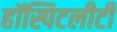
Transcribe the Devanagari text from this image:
हॉस्पिटलीटी